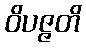
ဝိပဇ္ဇတိ